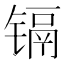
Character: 镉